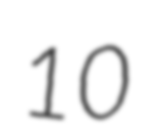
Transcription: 10